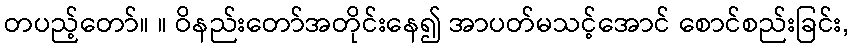
တပည့်တော်။ ။ ဝိနည်းတော်အတိုင်းနေ၍ အာပတ်မသင့်အောင် စောင်စည်းခြင်း,